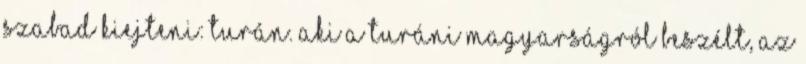
szabad kiejteni: Turán. Aki a turáni magyarságról beszélt, az